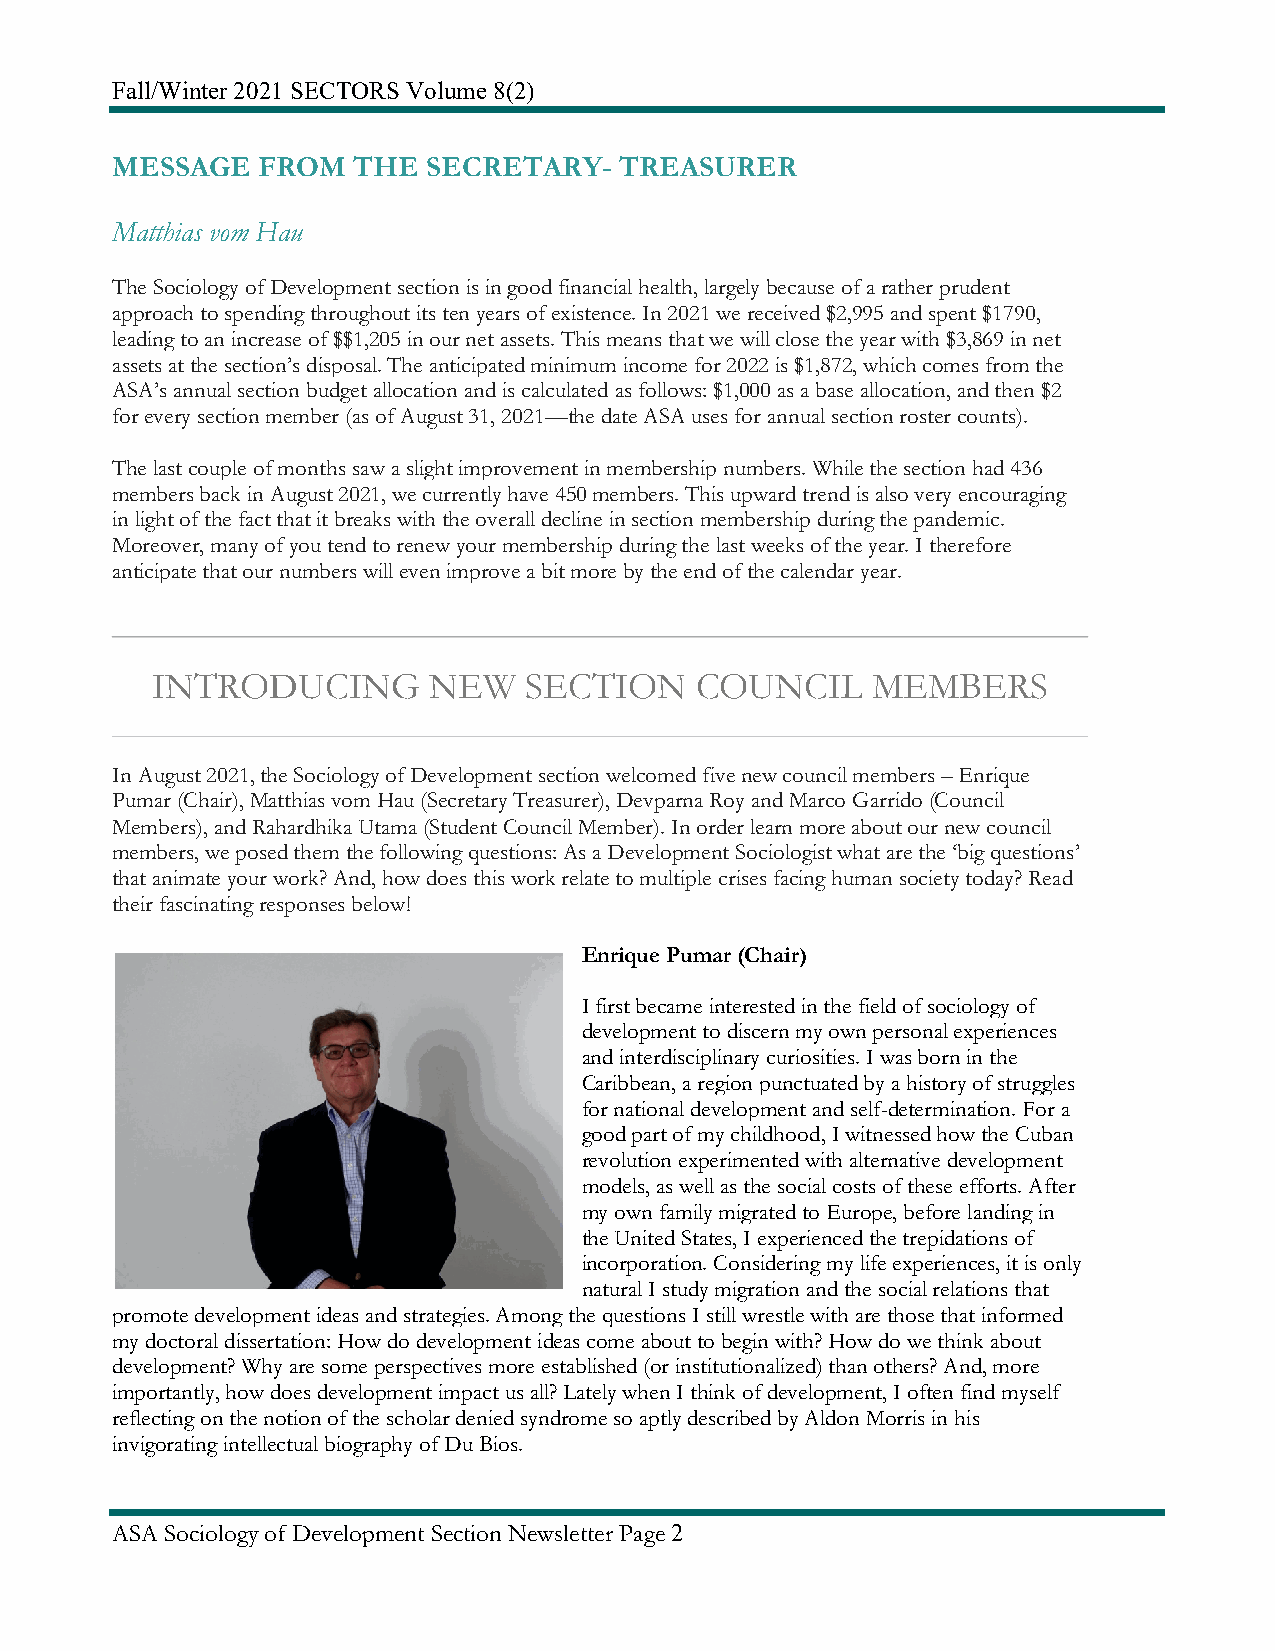
Fall/Winter 2021 SECTORS Volume 8(2)
 MESSAGE   FROM  THE  SECRETARY-   TREASURER
 Matthias vom Hau
 The Sociology of Development section is in good financial health, largely because of a rather prudent
 approach to spending throughout its ten years of existence. In 2021 we received $2,995 and spent $1790,
 leading to an increase of $$1,205 in our net assets. This means that we will close the year with $3,869 in net
 assets at the section’s disposal. The anticipated minimum income for 2022 is $1,872, which comes from the
 ASA’s annual section budget allocation and is calculated as follows: $1,000 as a base allocation, and then $2
 for every section member (as of August 31, 2021—the date ASA uses for annual section roster counts).
 The last couple of months saw a slight improvement in membership numbers. While the section had 436
 members back in August 2021, we currently have 450 members. This upward trend is also very encouraging
 in light of the fact that it breaks with the overall decline in section membership during the pandemic.
 Moreover, many of you tend to renew your membership during the last weeks of the year. I therefore
 anticipate that our numbers will even improve a bit more by the end of the calendar year.
 INTRODUCING       NEW    SECTION    COUNCIL     MEMBERS
 In August 2021, the Sociology of Development section welcomed five new council members – Enrique
 Pumar (Chair), Matthias vom Hau (Secretary Treasurer), Devparna Roy and Marco Garrido (Council
 Members), and Rahardhika Utama (Student Council Member). In order learn more about our new council
 members, we posed them the following questions: As a Development Sociologist what are the ‘big questions’
 that animate your work? And, how does this work relate to multiple crises facing human society today? Read
 their fascinating responses below!
 Enrique Pumar (Chair)
 I first became interested in the field of sociology of
 development to discern my own personal experiences
 and interdisciplinary curiosities. I was born in the
 Caribbean, a region punctuated by a history of struggles
 for national development and self-determination. For a
 good part of my childhood, I witnessed how the Cuban
 revolution experimented with alternative development
 models, as well as the social costs of these efforts. After
 my own family migrated to Europe, before landing in
 the United States, I experienced the trepidations of
 incorporation. Considering my life experiences, it is only
 natural I study migration and the social relations that
 promote development ideas and strategies. Among the questions I still wrestle with are those that informed
 my doctoral dissertation: How do development ideas come about to begin with? How do we think about
 development? Why are some perspectives more established (or institutionalized) than others? And, more
 importantly, how does development impact us all? Lately when I think of development, I often find myself
 reflecting on the notion of the scholar denied syndrome so aptly described by Aldon Morris in his
 invigorating intellectual biography of Du Bios.
 ASA Sociology of Development Section Newsletter Page 2